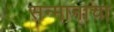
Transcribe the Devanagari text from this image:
सन्मानाचा